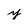
Character: y